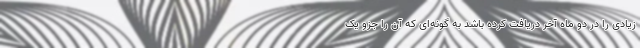
زیادی را در دو ماه آخر دریافت کرده باشد به گونه‌ای که آن را جزو یک